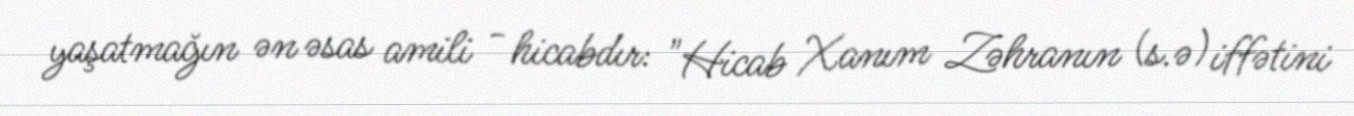
yaşatmağın ən əsas amili - hicabdır: "Hicab Xanım Zəhranın (s.ə) iffətini